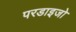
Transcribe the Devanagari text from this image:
परडाइजो